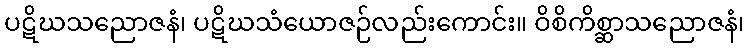
ပဋိဃသညောဇနံ၊ ပဋိဃသံယောဇဉ်လည်းကောင်း။ ဝိစိကိစ္ဆာသညောဇနံ၊